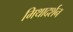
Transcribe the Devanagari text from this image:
मिथादर्शन